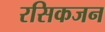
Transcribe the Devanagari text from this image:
रसिकजन